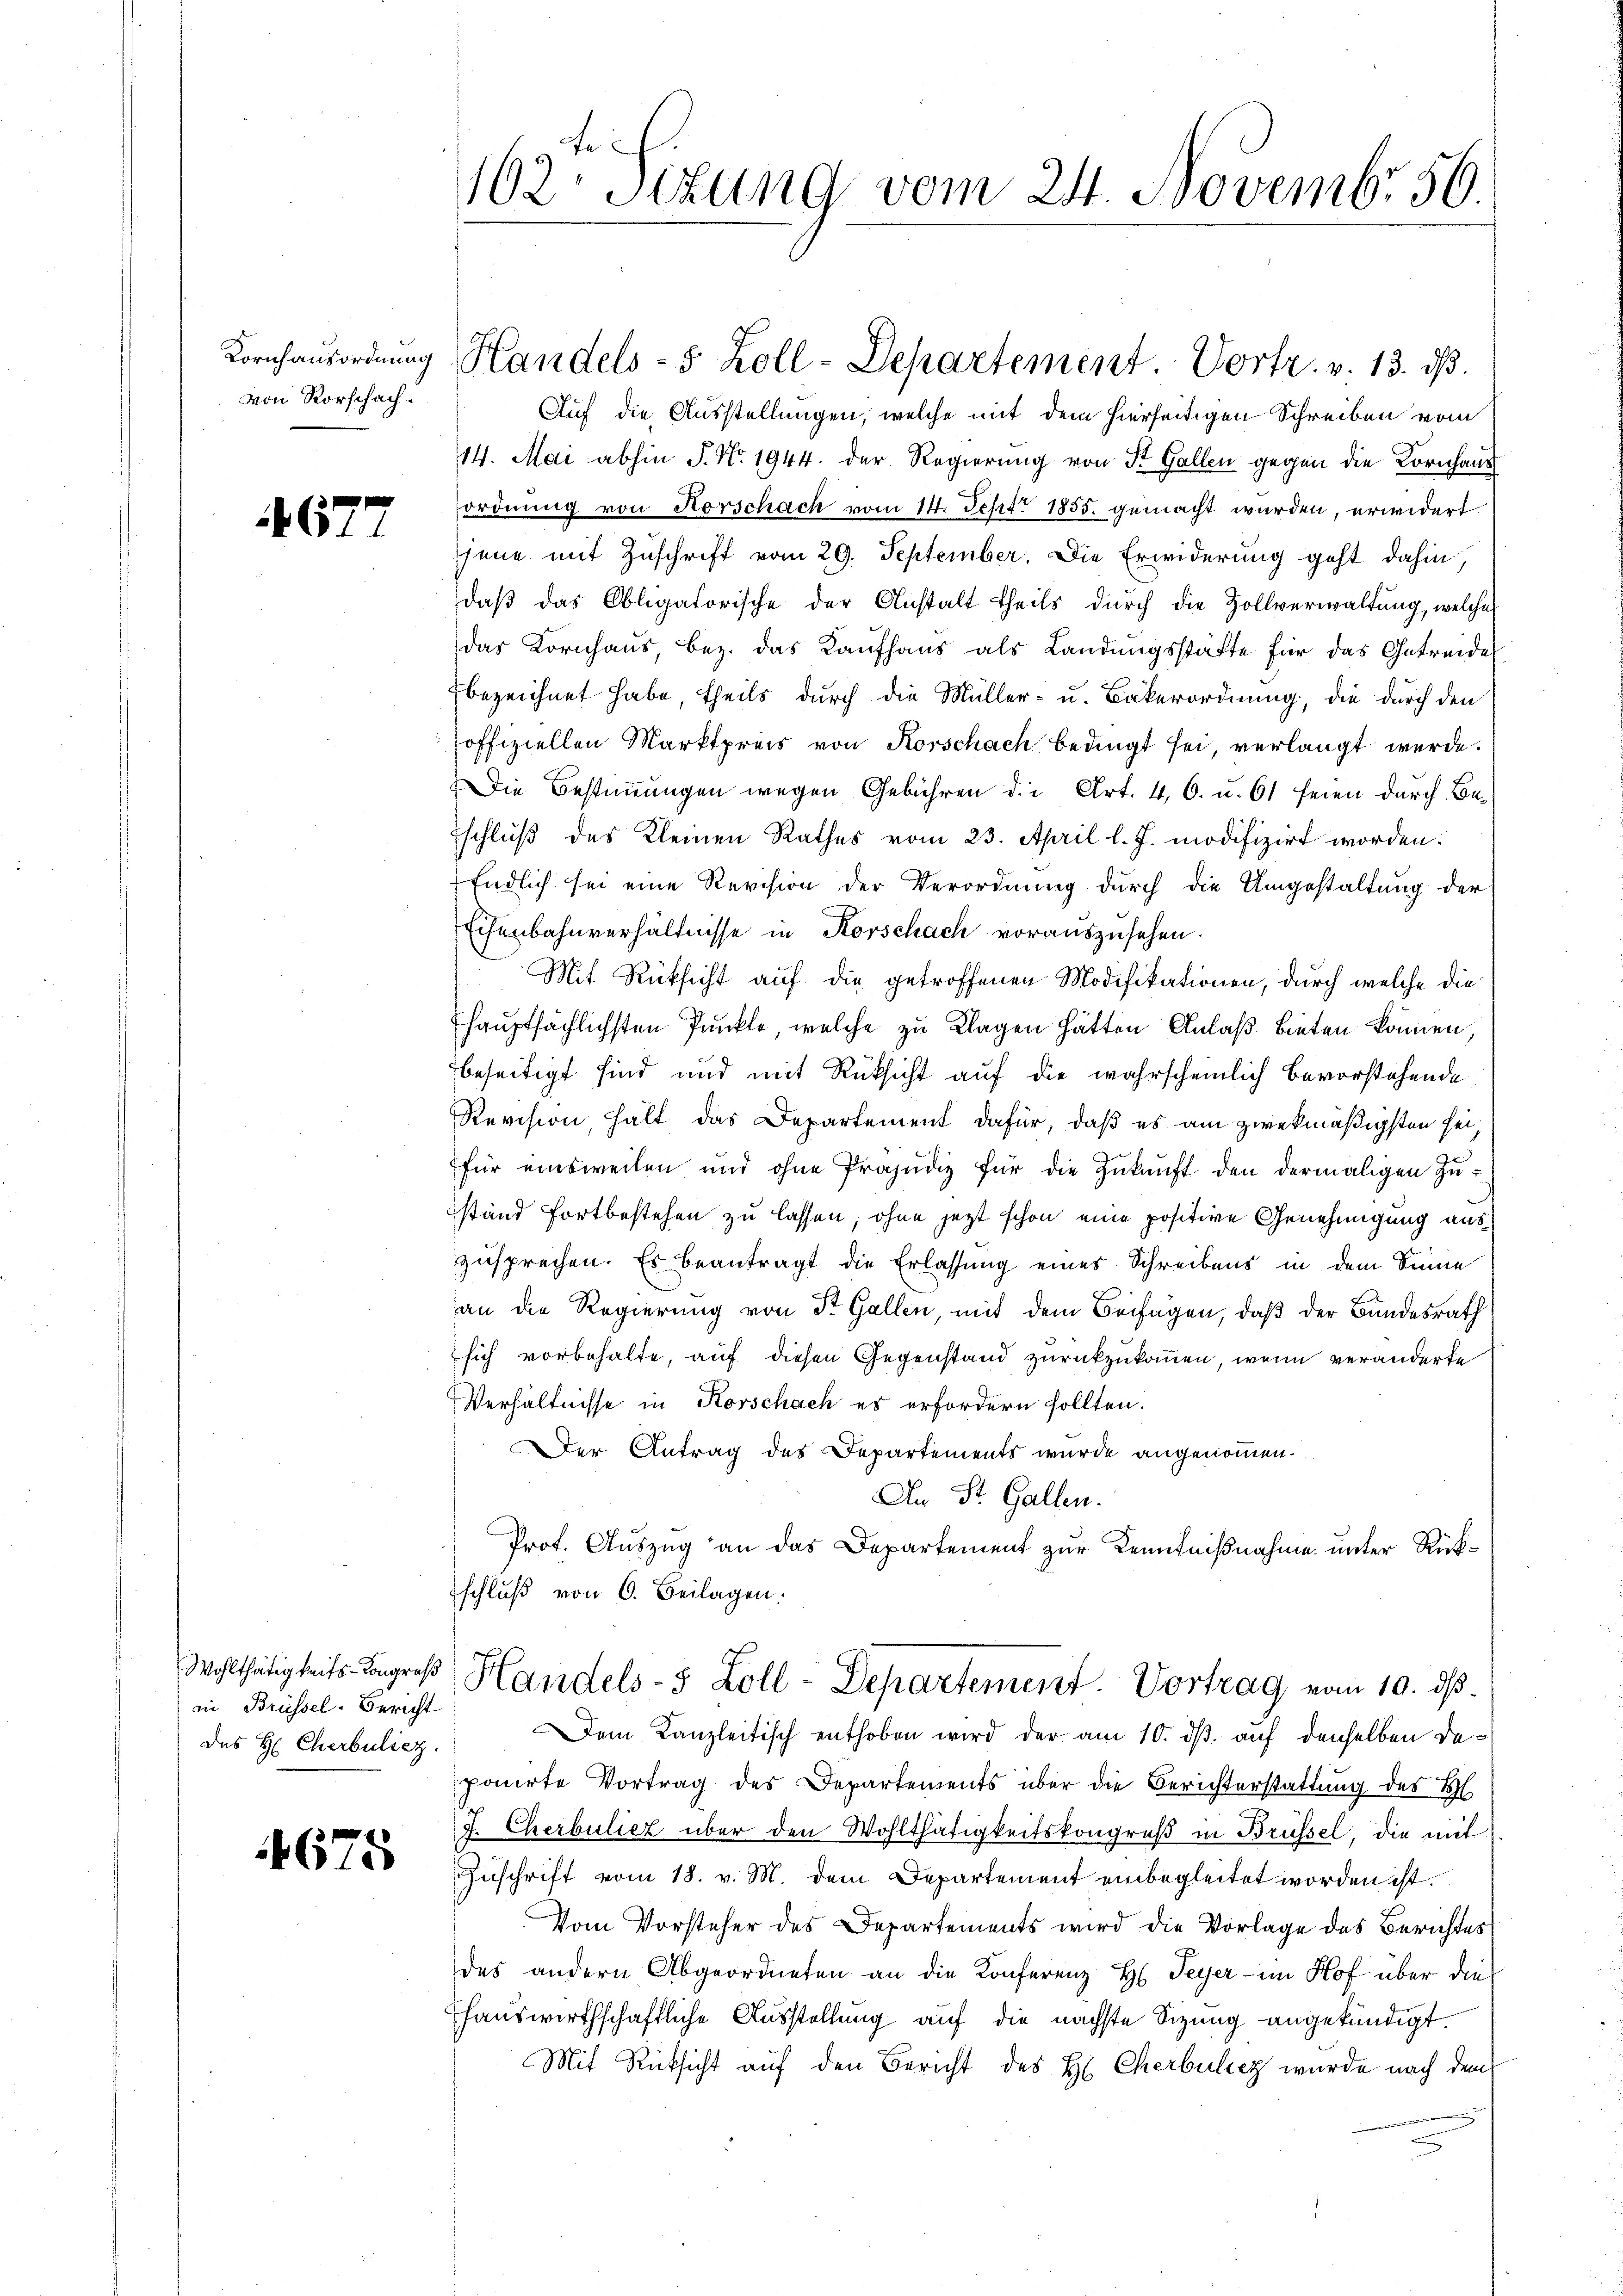
Kornhausordnung
von Rorschach.

677

in Brüssel. Bericht
des H: Cherbuliez.

4675

162 Sizung vom 24. Novembr 56.

Auf die Ausstellungen, welche mit dem hierseitigen Schreiben vom
14. Mai abhin J. N. 1944. der Regierung von St. Gallen gegen die Kornhaus
ordnung von Horschach vom 14. Sept. 1855. gemacht wurden, erwidert
jene mit Zuschrift vom 29. September. Die Erwiderung geht dahin,
daβ das Obligatorische der Anstalt theils dŭrch die Zollverwaltŭng, welche
das Kornhaus, bez. das Kaufhaus als Landungsstätte für das Getreide
bezeichnet habe, theils durch die Müller- u. Bakerordnung, die durch den
offiziellen Marktpreis von Korschach bedingt sei, verlangt werde.
Die Bestimmungen wegen Gebühren die Art. 4, 6. u. 61 seien durch Be-
schluß des Kleinen Rathes vom 23. April l. J. modifizirt worden.
Endlich sei eine Revision der Verordnung durch die Umgestaltung der
Eisenbahnverhältnisse in Korschach vorauszusehen.
Mit Rücksicht auf die getroffenen Modifikationen, durch welche die
hauptsächlichsten Punkte, welche zu Klagen hätten Anlaß bieten können,
beseitigt sind und mit Rüksicht auf die wahrscheinlich bevorstehende
Revision, hält das Departement dafür, daß es am zwekmäßigsten seifür einsweilen und ohne Präjudiz für die Zukunft den dermaligen Zustand fortbestehen zu lassen, ohne jetzt schon eine positive Genehmigung aus
zusprechen. Es beantragt die Erlassung eines Schreibens in dem Sinne
an die Regierung von St. Gallen, mit dem Beifügen, daß der Bundesrath
sich vorbehalte, auf diesen Gegenstand zurückzukommen, wenn veränderte
Verhältnisse in Korschach es erfordern sollten.
Der Antrag des Departements wurde angenommen.
An St. Gallen.
Prot. Auszug an das Departement zur Kenntnißnahme unter Rückschlŭβ von 6. Beilagen.
Wohlthätigkeits-Begreß Handels- 5 Zoll-Departement. Vortrag vom 10. ds.
Dem Kanzleitisch enthoben wird der am 10. ds. auf denselben daponirte Vortrag des Departements über die Berichterstattung des H
J. Cherbuliez über den Wohlthätigkeitskongreß in Brüssel, die mit
Zuschrift vom 18. v. M. dem Departement einbegleitet worden ist.
Vom Vorsteher des Departements wird die Vorlage des Berichtes
des andern Abgeordneten an die Konferenz H. Peyer - im Hof über die
fhauswirthschaftliche Ausstellung auf die nächste Sitzung angekündigt.
Mit Rücksicht auf den Bericht des H. Cherbulich wurde nach dem

Handels- 5 Zoll-Departement. Vortr. v. 13. ds.